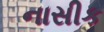
નાસીક